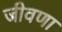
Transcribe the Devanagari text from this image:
जीवणा